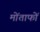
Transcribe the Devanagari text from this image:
मोंताफों